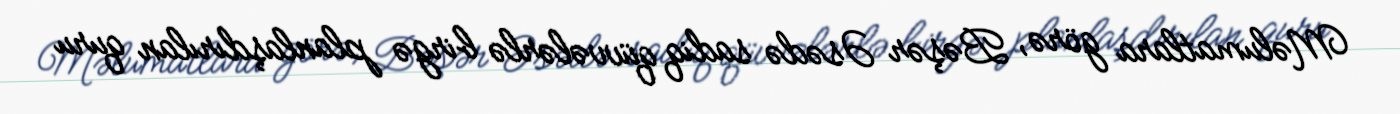
Məlumatlara görə, Bəşər Əsədə sadiq qüvvələrlə birgə planlaşdırılan quru